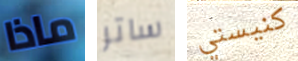
ماذا ساتر كنيستي